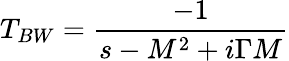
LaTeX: T_{BW}={\frac{-1}{s-M^{2}+i\Gamma M}}